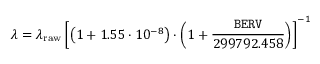
\lambda = \lambda _ { \mathrm { r a w } } \left[ \left( 1 + 1 . 5 5 \cdot 1 0 ^ { - 8 } \right) \cdot \left( 1 + \frac { { \tt B E R V } } { 2 9 9 7 9 2 . 4 5 8 } \right) \right] ^ { - 1 }